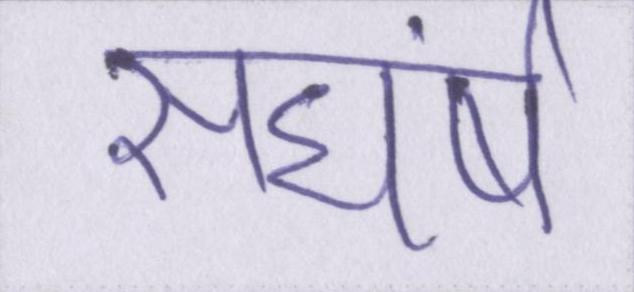
सघंर्ष